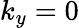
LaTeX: k_{y}=0